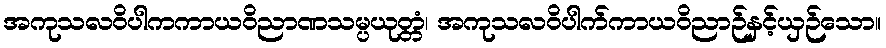
အကုသလဝိပါကကာယဝိညာဏသမ္ပယုတ္တံ၊ အကုသလဝိပါက်ကာယဝိညာဉ်နှင့်ယှဉ်သော။